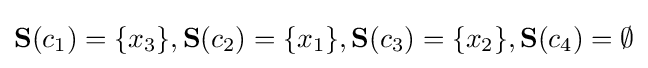
\mathbf {S} (c_{1})=\{x_{3}\},\mathbf {S} (c_{2})=\{x_{1}\},\mathbf {S} (c_{3})=\{x_{2}\},\mathbf {S} (c_{4})=\emptyset